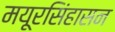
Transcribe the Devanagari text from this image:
मयूरसिंहासन